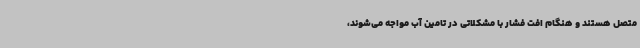
متصل هستند و هنگام افت فشار با مشکلاتی در تامین آب مواجه می‌شوند،